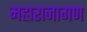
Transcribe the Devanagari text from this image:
महाराजागण